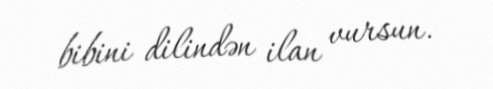
bibini dilindən ilan vursun.